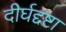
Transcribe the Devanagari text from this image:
दीर्घद्दष्टा